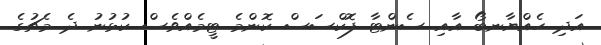
އަދި ހެއްޔާނބޯ އާއި ސެންޓާ ފޮކްސަސް ކޮންމެ ޓީމެއްވެސް ކުޅުނު ދެ މެޗުގެ